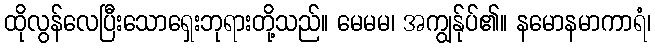
ထိုလွန်လေပြီးသောရှေးဘုရားတို့သည်။ မေမမ၊ အကျွန်ုပ်၏။ နမောနမာကာရံ၊